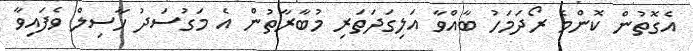
އެގޮތުން ކޮންމެ ރޯދަމަހު ބާއްވާ އަލިގަދަތަރި މުބާރާތުން އެ މަގުސަދު ހާސިލް ވެފައިވާ